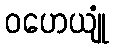
ဝဟေယျုံ